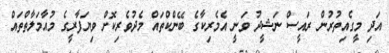
އަދި މީގެއިތުރުން ރައީސް ނަޝީދު ވަނީ އެމެރިކާގެ ބޭންކްތައް މެދުވެރިކޮށް ވިޔަފާރީގެ މުއާމަލާތްތައް